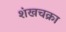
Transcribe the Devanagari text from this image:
शंखचक्रा